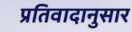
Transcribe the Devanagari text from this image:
प्रतिवादानुसार